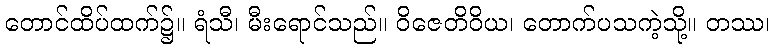
တောင်ထိပ်ထက်၌။ ရံသီ၊ မီးရောင်သည်။ ဝိဇေတိဝိယ၊ တောက်ပသကဲ့သို့။ တဿ၊